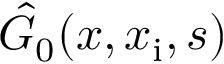
\hat { G } _ { 0 } ( x , x _ { \mathrm { i } } , s )